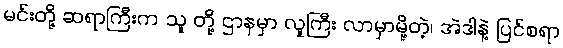
မင်းတို့ ဆရာကြီးက သူ တို့ ဌာနမှာ လူကြီး လာမှာမို့တဲ့၊ အဲဒါနဲ့ ပြင်စရာ